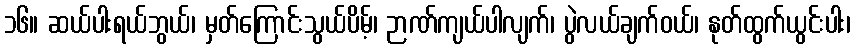
၁၆။ ဆယ်ပါးရယ်ဘွယ်၊ မှတ်ကြောင်းသွယ်ပိမ့်၊ ဉာဏ်ကျယ်ပါလျက်၊ ပွဲလယ်ချက်ဝယ်၊ နုတ်ထွက်ယွင်းပါး၊